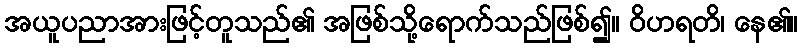
အယူပညာအားဖြင့်တူသည်၏ အဖြစ်သို့ရောက်သည်ဖြစ်၍။ ဝိဟရတိ၊ နေ၏။